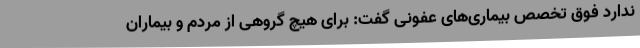
ندارد فوق تخصص بیماری‌های عفونی گفت: برای هیچ گروهی از مردم و بیماران